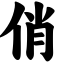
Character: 俏